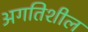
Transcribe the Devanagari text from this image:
अगतिशील